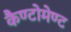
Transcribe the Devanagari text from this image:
कैण्‍टोमेण्‍ट